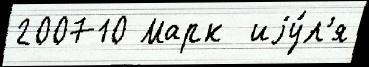
200710 Марк  иjу́л'я